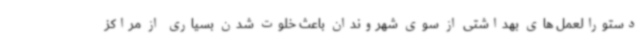
دستورالعمل های بهداشتی از سوی شهروندان باعث خلوت شدن بسیاری از مراکز